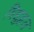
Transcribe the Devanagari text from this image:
विद्युद्वल